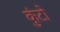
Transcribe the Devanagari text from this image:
कुंटो